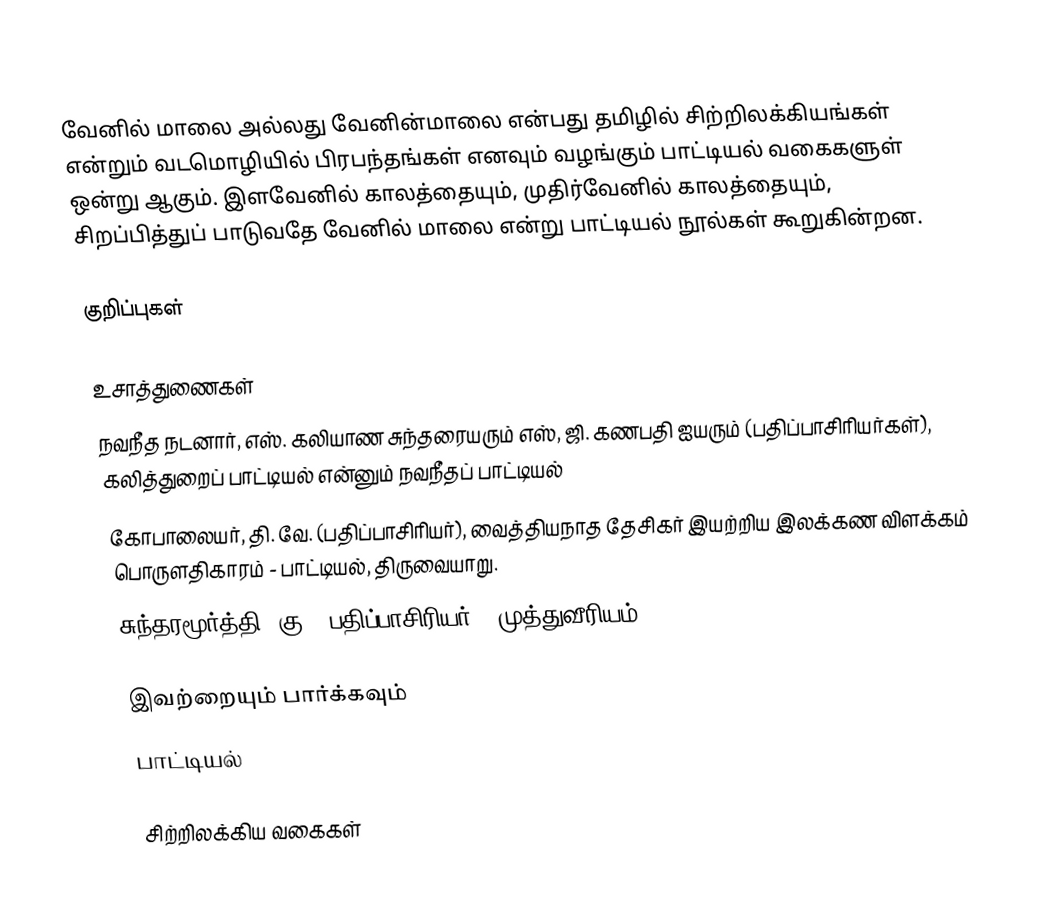
வேனில் மாலை அல்லது வேனின்மாலை என்பது தமிழில் சிற்றிலக்கியங்கள் என்றும் வடமொழியில் பிரபந்தங்கள் எனவும் வழங்கும் பாட்டியல் வகைகளுள் ஒன்று ஆகும். இளவேனில் காலத்தையும், முதிர்வேனில் காலத்தையும், சிறப்பித்துப் பாடுவதே வேனில் மாலை என்று பாட்டியல் நூல்கள் கூறுகின்றன.

குறிப்புகள்

உசாத்துணைகள்
 நவநீத நடனார், எஸ். கலியாண சுந்தரையரும் எஸ், ஜி. கணபதி ஐயரும் (பதிப்பாசிரியர்கள்), கலித்துறைப் பாட்டியல் என்னும் நவநீதப் பாட்டியல்
 கோபாலையர், தி. வே. (பதிப்பாசிரியர்), வைத்தியநாத தேசிகர் இயற்றிய இலக்கண விளக்கம் பொருளதிகாரம் - பாட்டியல், திருவையாறு.
 சுந்தரமூர்த்தி, கு. (பதிப்பாசிரியர்), முத்துவீரியம்

இவற்றையும் பார்க்கவும்
 பாட்டியல்

சிற்றிலக்கிய வகைகள்